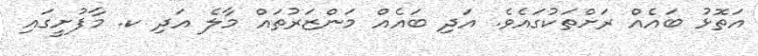
އަތޮޅު ބައެއް ރަށްތަކުގައެވެ. އަދި ބައެއް މަންޒަރުތައް މާލެ އަދި ކ. މާފުށީގައި